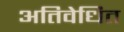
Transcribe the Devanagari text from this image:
अतिवेधित